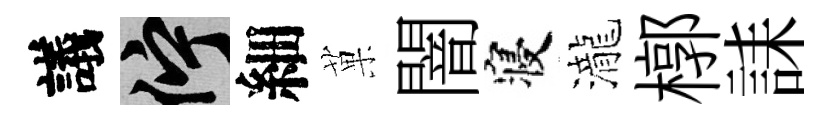
議伫細菓闇寝瀧槨誄